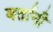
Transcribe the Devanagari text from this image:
बर्तानी